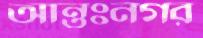
আন্তঃনগর